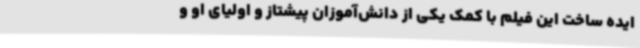
ایده ساخت این فیلم با کمک یکی از دانش‌آموزان پیشتاز و اولیای او و